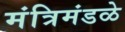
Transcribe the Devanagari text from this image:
मंत्रिमंडळे